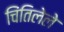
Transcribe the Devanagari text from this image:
चिंतिलेले